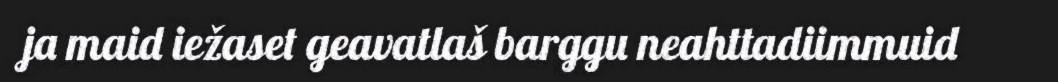
ja maid iežaset geavatlaš barggu neahttadiimmuid